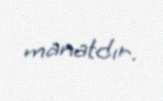
manatdır.